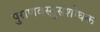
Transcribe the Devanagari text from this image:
पुराणवस्तुसंशोधक